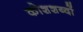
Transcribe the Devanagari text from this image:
कोशशब्दों